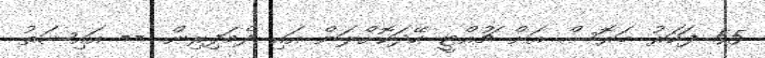
55 ފަހަރު ބަރޮސް އަށް ޗުއްޓީ ހޭދަކޮށްލަން އައި ދެމަފިރިން. -- އައިޝަތު